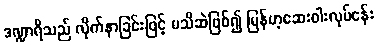
ဒဏ္ဍာရီသည် လိုက်နာခြင်းဖြင့် မသိဆဲဖြစ်၍ မြန်မာ့ဆေးဝါးလုပ်ငန်း